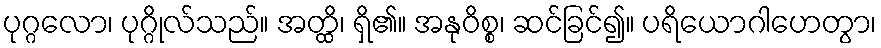
ပုဂ္ဂလော၊ ပုဂ္ဂိုလ်သည်။ အတ္ထိ၊ ရှိ၏။ အနုဝိစ္စ၊ ဆင်ခြင်၍။ ပရိယောဂါဟေတွာ၊